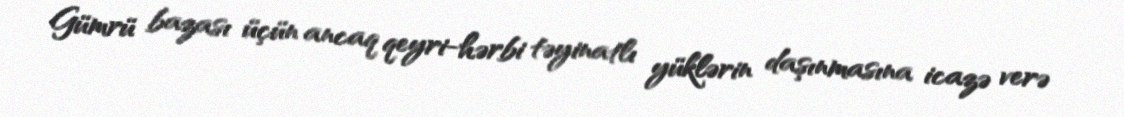
Gümrü bazası üçün ancaq qeyri-hərbi təyinatlı yüklərin daşınmasına icazə verə